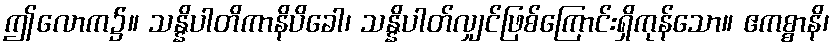
ဤလောက၌။ သန္နိပါတိကာနိပိခေါ၊ သန္နိပါတ်လျှင်ဖြစ်ကြောင်းရှိကုန်သော။ ဧကစ္စာနိ၊